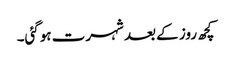
کچھ روز کے بعد شہرت ہوگئی۔